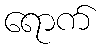
ရောက်